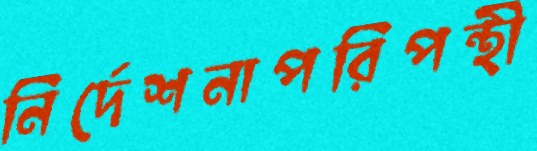
নির্দেশনাপরিপন্থী